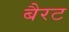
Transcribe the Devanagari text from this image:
बैरट